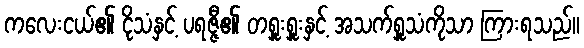
ကလေးငယ်၏ ငိုသံနှင့် ပရဇ္ဇီ၏ တရှူးရှူးနှင့် အသက်ရှူသံကိုသာ ကြားရသည်။